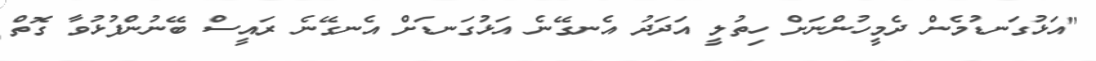
"އަޅުގަނޑުމެން ދެމީހުންނަށް ހިތުލީ އަދަދު އެނގޭނެ އަޅުގަނޑަށް އެނގޭނެ ރައީސް ބޭނުންފުޅުވާ ގޮތް